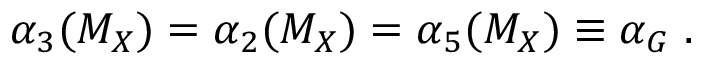
\alpha _ { 3 } ( M _ { X } ) = \alpha _ { 2 } ( M _ { X } ) = \alpha _ { 5 } ( M _ { X } ) \equiv \alpha _ { G } \; .